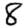
Digit: 8